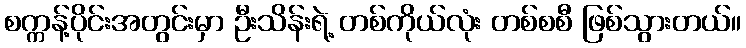
စက္ကန့်ပိုင်းအတွင်းမှာ ဦးသိန်းရဲ့ တစ်ကိုယ်လုံး တစ်စစီ ဖြစ်သွားတယ်။